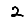
Digit: 2